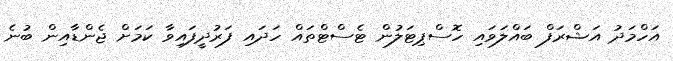
އަހްމަދު އަޝްރަފް ބައްލަވައި ހޮސްޕިޓަލުން ޓެސްޓްތައް ހަދައި ފަރުދީފައިވާ ކަމަށް ޖެންޑާއިން ބުނެ